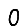
Digit: 0